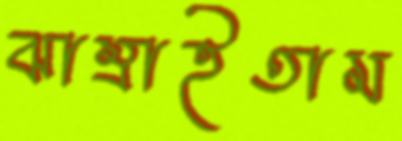
ঝাম্‌রাইতাম